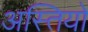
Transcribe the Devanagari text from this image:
अस्तियो